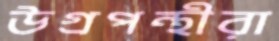
উগ্রপন্থীরা